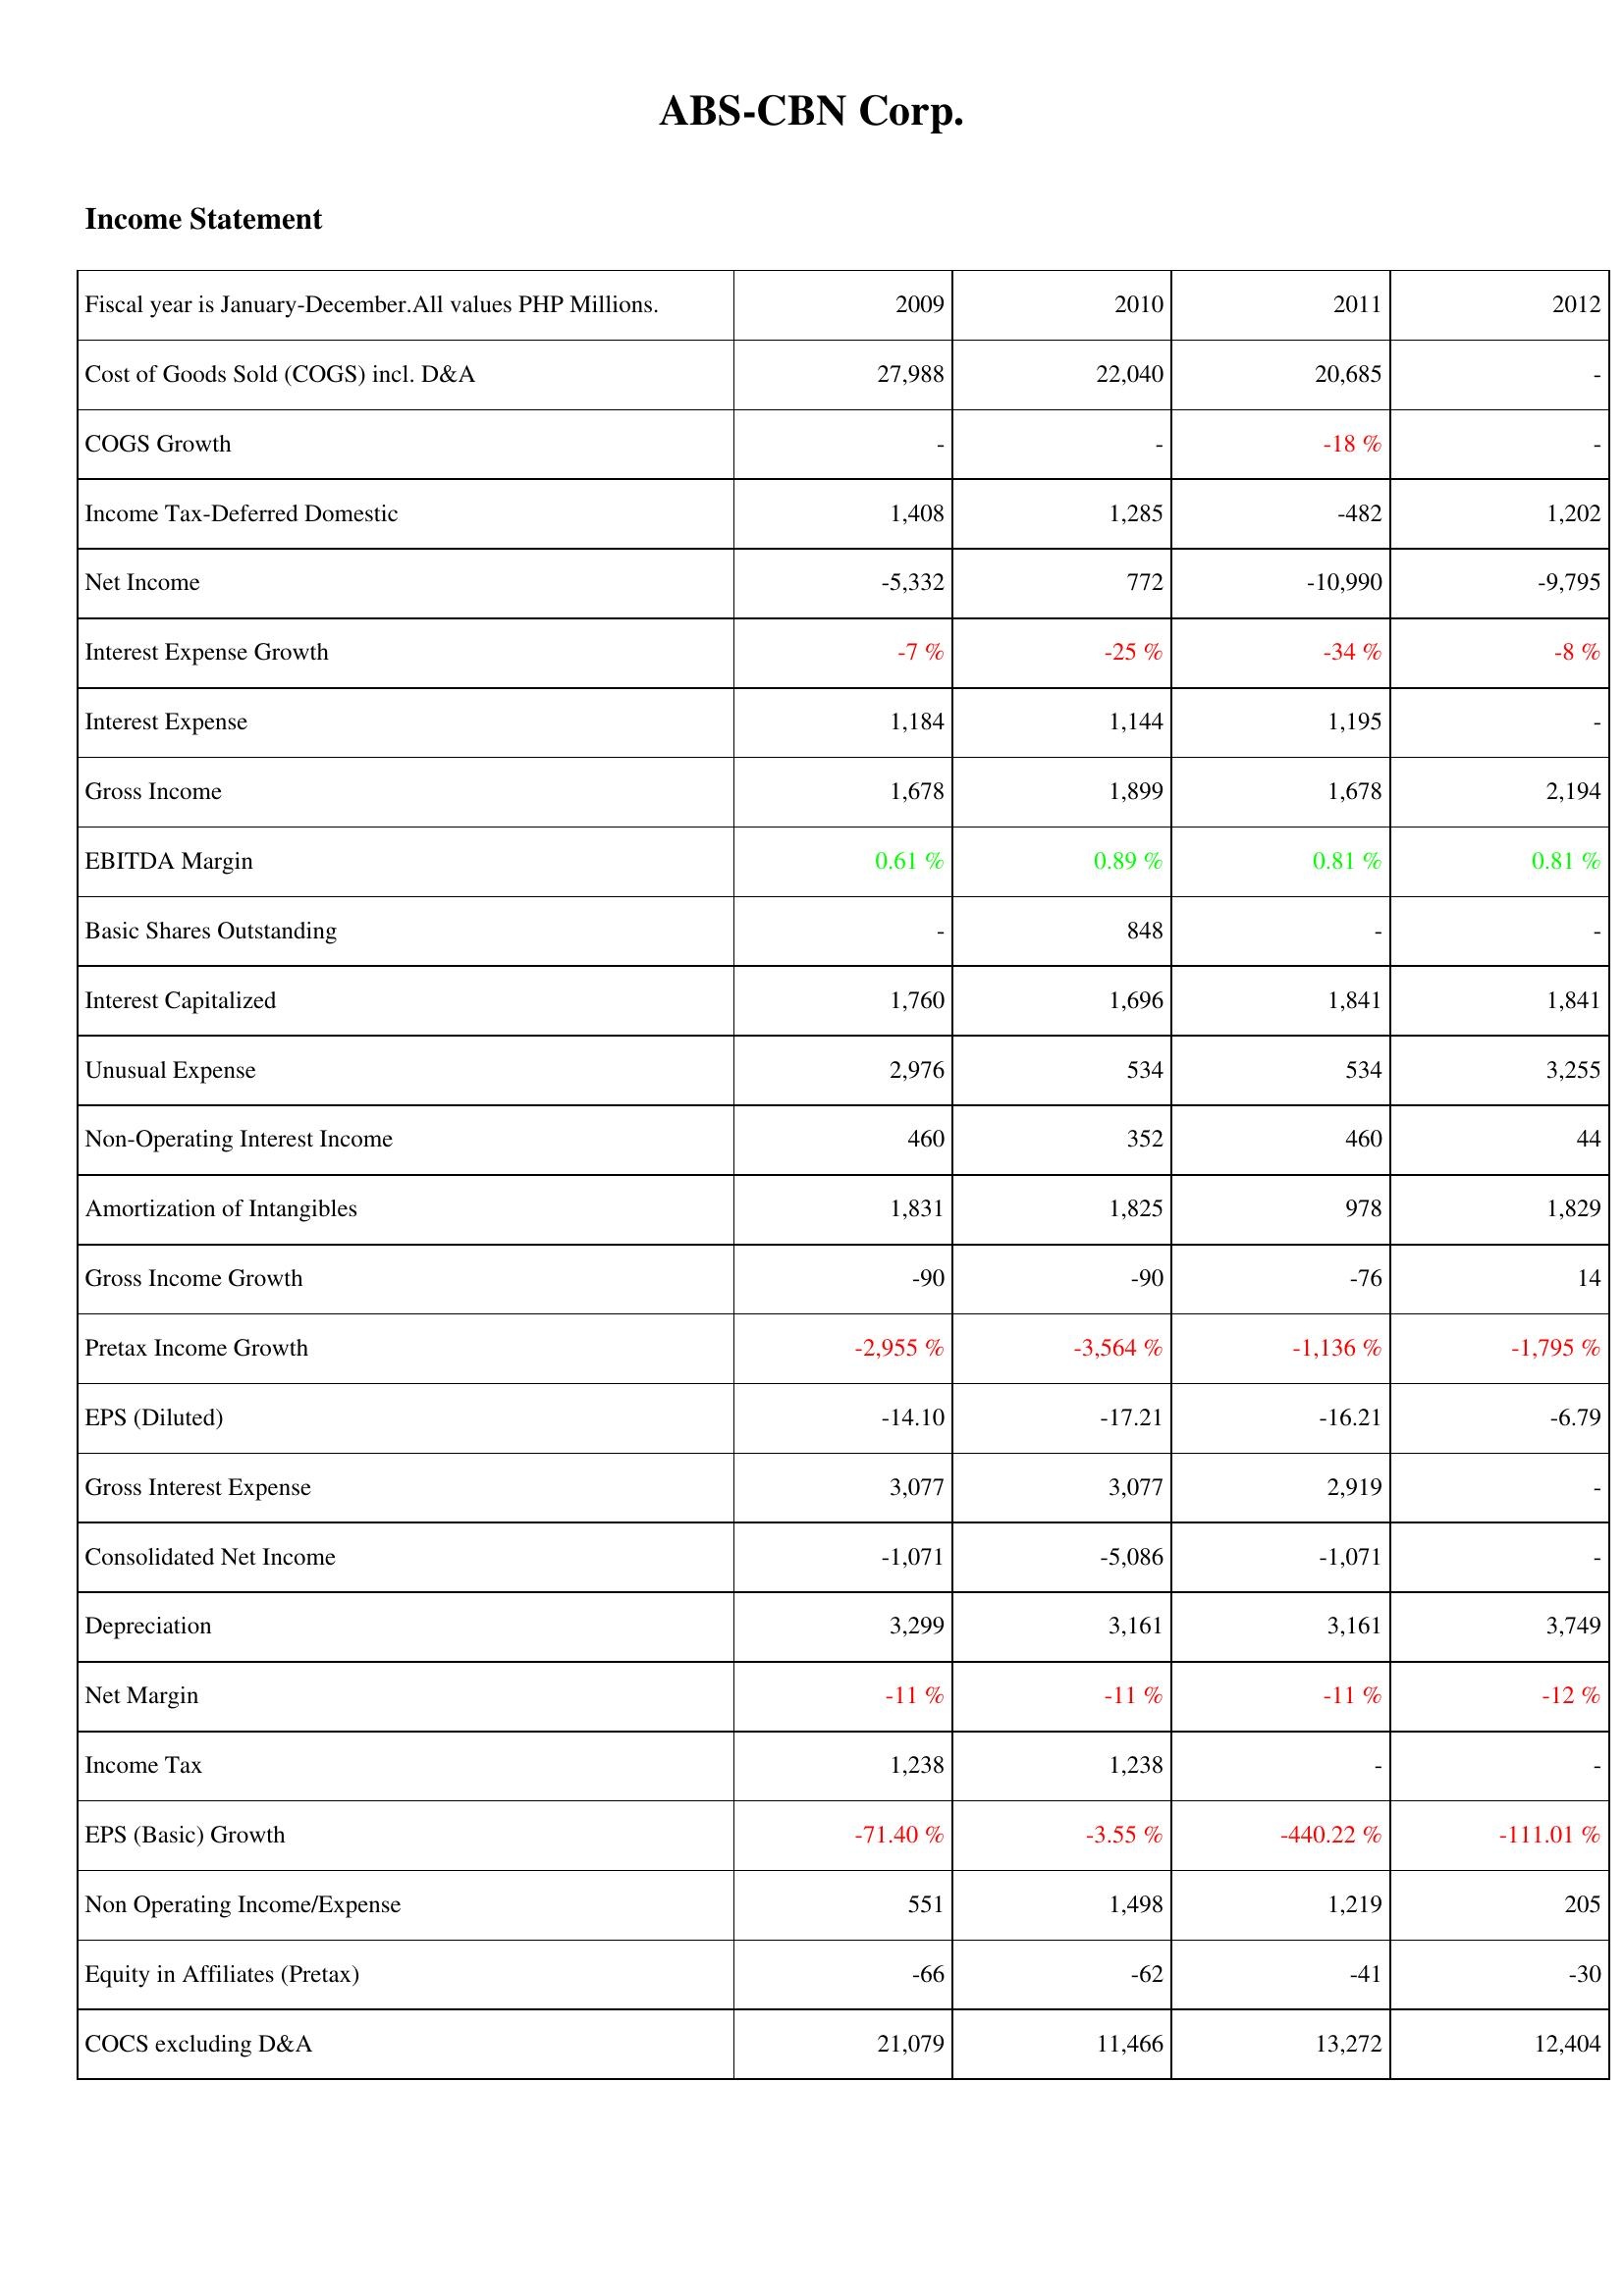
2009: Income Statement: Cost of Goods Sold (COGS) incl. D&A: 27,988
COGS Growth: -
Income Tax-Deferred Domestic: 1,408
Net Income: -5,332
Interest Expense Growth: -7 %
Interest Expense: 1,184
Gross Income: 1,678
EBITDA Margin: 0.61 %
Basic Shares Outstanding: -
Interest Capitalized: 1,760
Unusual Expense: 2,976
Non-Operating Interest Income: 460
Amortization of Intangibles: 1,831
Gross Income Growth: -90
Pretax Income Growth: -2,955 %
EPS (Diluted): -14.10
Gross Interest Expense: 3,077
Consolidated Net Income: -1,071
Depreciation: 3,299
Net Margin: -11 %
Income Tax: 1,238
EPS (Basic) Growth: -71.40 %
Non Operating Income/Expense: 551
Equity in Affiliates (Pretax): -66
COCS excluding D&A: 21,079
2010: Income Statement: Cost of Goods Sold (COGS) incl. D&A: 22,040
COGS Growth: -
Income Tax-Deferred Domestic: 1,285
Net Income: 772
Interest Expense Growth: -25 %
Interest Expense: 1,144
Gross Income: 1,899
EBITDA Margin: 0.89 %
Basic Shares Outstanding: 848
Interest Capitalized: 1,696
Unusual Expense: 534
Non-Operating Interest Income: 352
Amortization of Intangibles: 1,825
Gross Income Growth: -90
Pretax Income Growth: -3,564 %
EPS (Diluted): -17.21
Gross Interest Expense: 3,077
Consolidated Net Income: -5,086
Depreciation: 3,161
Net Margin: -11 %
Income Tax: 1,238
EPS (Basic) Growth: -3.55 %
Non Operating Income/Expense: 1,498
Equity in Affiliates (Pretax): -62
COCS excluding D&A: 11,466
2011: Income Statement: Cost of Goods Sold (COGS) incl. D&A: 20,685
COGS Growth: -18 %
Income Tax-Deferred Domestic: -482
Net Income: -10,990
Interest Expense Growth: -34 %
Interest Expense: 1,195
Gross Income: 1,678
EBITDA Margin: 0.81 %
Basic Shares Outstanding: -
Interest Capitalized: 1,841
Unusual Expense: 534
Non-Operating Interest Income: 460
Amortization of Intangibles: 978
Gross Income Growth: -76
Pretax Income Growth: -1,136 %
EPS (Diluted): -16.21
Gross Interest Expense: 2,919
Consolidated Net Income: -1,071
Depreciation: 3,161
Net Margin: -11 %
Income Tax: -
EPS (Basic) Growth: -440.22 %
Non Operating Income/Expense: 1,219
Equity in Affiliates (Pretax): -41
COCS excluding D&A: 13,272
2012: Income Statement: Cost of Goods Sold (COGS) incl. D&A: -
COGS Growth: -
Income Tax-Deferred Domestic: 1,202
Net Income: -9,795
Interest Expense Growth: -8 %
Interest Expense: -
Gross Income: 2,194
EBITDA Margin: 0.81 %
Basic Shares Outstanding: -
Interest Capitalized: 1,841
Unusual Expense: 3,255
Non-Operating Interest Income: 44
Amortization of Intangibles: 1,829
Gross Income Growth: 14
Pretax Income Growth: -1,795 %
EPS (Diluted): -6.79
Gross Interest Expense: -
Consolidated Net Income: -
Depreciation: 3,749
Net Margin: -12 %
Income Tax: -
EPS (Basic) Growth: -111.01 %
Non Operating Income/Expense: 205
Equity in Affiliates (Pretax): -30
COCS excluding D&A: 12,404